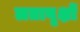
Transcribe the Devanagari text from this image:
लतावृक्षों